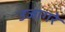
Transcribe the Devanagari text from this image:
उजागरे